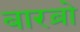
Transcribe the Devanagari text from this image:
बारब्रो